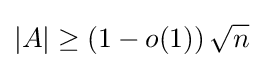
\left|A\right|\geq \left(1-o(1)\right){\sqrt {n}}